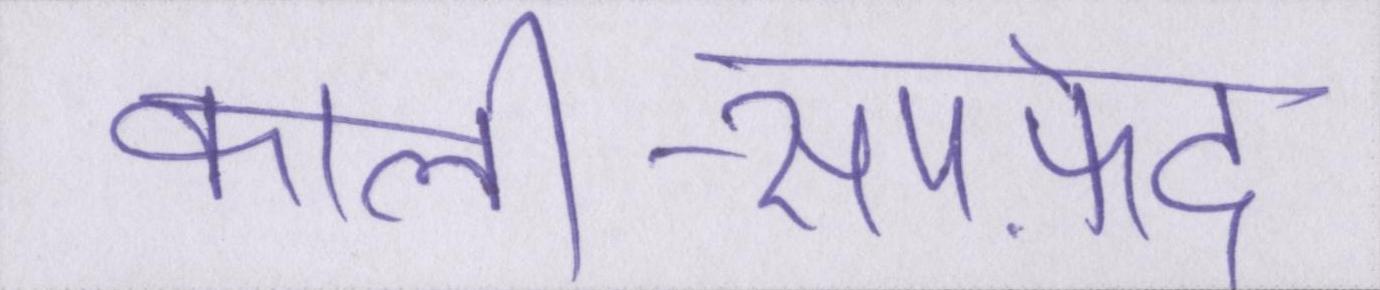
काली-सपफ़ेद